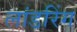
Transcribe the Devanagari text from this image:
लांडरिंग